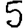
Digit: 5